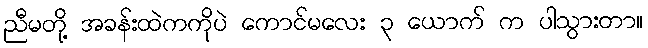
ညီမတို့ အခန်းထဲကကိုပဲ ကောင်မလေး ၃ ယောက် က ပါသွားတာ။